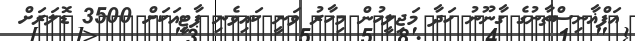
އަފްޣާނިސްތާނުގެ ގާނޫނު ހަދާ މަޖިލީހުން މިހާރު ވަނީ ކައިވެނި ޕާޓީއަކަށް 3500 ޑޮލަރަށް